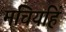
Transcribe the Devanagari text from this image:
मचियहिं